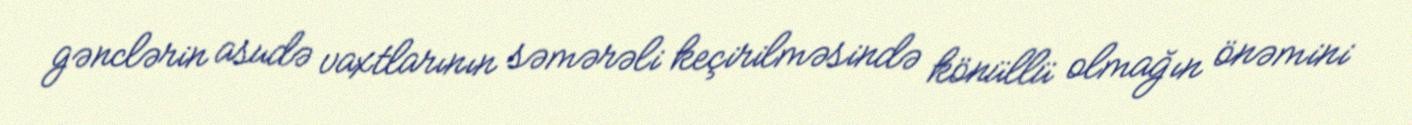
gənclərin asudə vaxtlarının səmərəli keçirilməsində könüllü olmağın önəmini